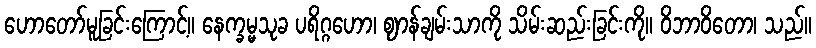
ဟောတော်မူခြင်းကြောင့်။ နေက္ခမ္မသုခ ပရိဂ္ဂဟော၊ ဈာန်ချမ်းသာကို သိမ်းဆည်းခြင်းကို။ ဝိဘာဝိတော၊ သည်။